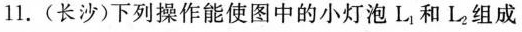
11.(长沙)下列操作能使图中的小灯泡L_{1}和L_{2}组成